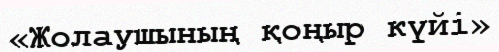
«Жолаушының қоңыр күйі»